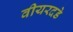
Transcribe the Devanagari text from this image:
वीयरदडे